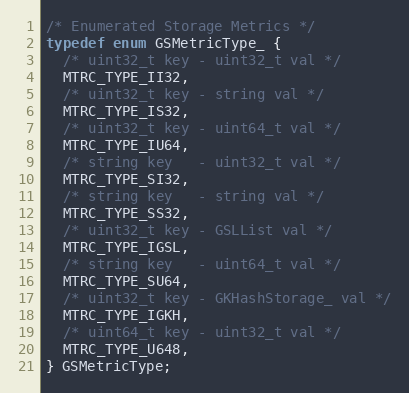
Language: C
/* Enumerated Storage Metrics */
typedef enum GSMetricType_ {
  /* uint32_t key - uint32_t val */
  MTRC_TYPE_II32,
  /* uint32_t key - string val */
  MTRC_TYPE_IS32,
  /* uint32_t key - uint64_t val */
  MTRC_TYPE_IU64,
  /* string key   - uint32_t val */
  MTRC_TYPE_SI32,
  /* string key   - string val */
  MTRC_TYPE_SS32,
  /* uint32_t key - GSLList val */
  MTRC_TYPE_IGSL,
  /* string key   - uint64_t val */
  MTRC_TYPE_SU64,
  /* uint32_t key - GKHashStorage_ val */
  MTRC_TYPE_IGKH,
  /* uint64_t key - uint32_t val */
  MTRC_TYPE_U648,
} GSMetricType;